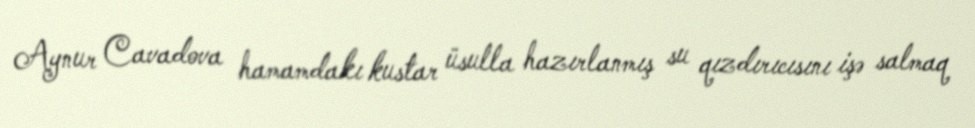
Aynur Cavadova hamamdakı kustar üsulla hazırlanmış su qızdırıcısını işə salmaq